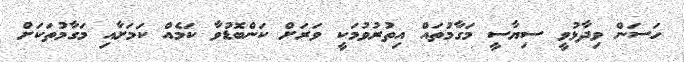
ހަސަން ވިދާޅުވީ ސިޔާސީ މަގާމުތައް އިތުރުވުމަކީ ވަރަށް ކަންބޮޑުވާ ކަމެއް ކަމަށާއި މަގާމުތަކަށް